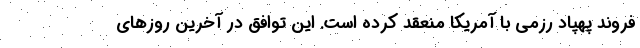
فروند پهپاد رزمی با آمریکا منعقد کرده است. این توافق در آخرین روزهای